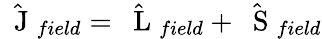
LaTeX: \hat{\mathrm{~\mathbf~J~}}_{field}=\hat{\mathrm{~\mathbf~L~}}_{field}+\hat{\mathrm{~\mathbf~S~}}_{field}